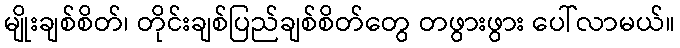
မျိုးချစ်စိတ်၊ တိုင်းချစ်ပြည်ချစ်စိတ်တွေ တဖွားဖွား ပေါ်လာမယ်။